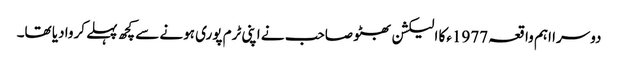
دوسرا اہم واقعہ 1977ءکا الیکشن بھٹو صاحب نے اپنی ٹرم پوری ہونے سے کچھ پہلے کروا دیا تھا۔